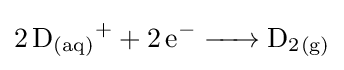
{\ce {2 D_{(aq)}+ + 2 e- -> D2_{(g)}}}